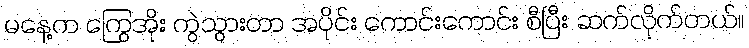
မနေ့က ကြွေအိုး ကွဲသွားတာ အပိုင်း ကောင်းကောင်း စီပြီး ဆက်လိုက်တယ်။